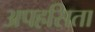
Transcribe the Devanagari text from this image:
अपहसिता